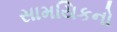
સામયિકનો